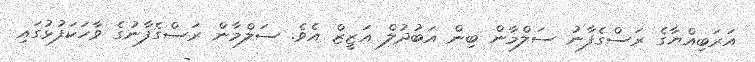
އަރަބިއްޔާގެ ރަސްގެފާނު ސަލްމާން ބިން އަބުދުލް އަޒީޒް އެވެ. ސަލްމާން ރަސްގެފާނުގެ ވާހަކަފުޅުގައި